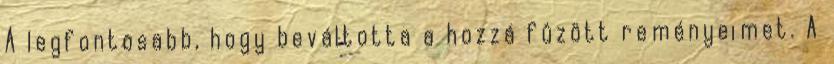
A legfontosabb, hogy beváltotta a hozzá fûzött reményeimet. A